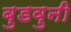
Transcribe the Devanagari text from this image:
बुडवुनी